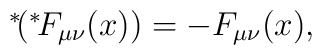
\mbox{\mbox{}$^*\!$} (\mbox{\mbox{}$^*\!$} F_{\mu\nu}(x)) = - F_{\mu\nu}(x),